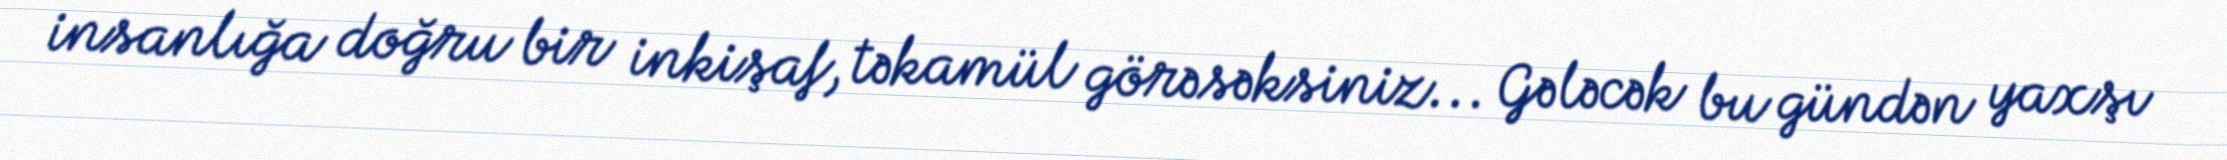
insanlığa doğru bir inkişaf, təkamül görəsəksiniz... Gələcək bu gündən yaxşı